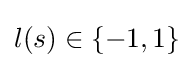
l(s)\in \{-1,1\}